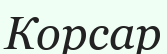
Корсар